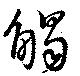
触